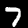
Digit: 7